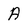
Character: A